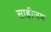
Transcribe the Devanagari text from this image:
साहीजण